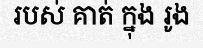
របស់ គាត់ ក្នុង រូង